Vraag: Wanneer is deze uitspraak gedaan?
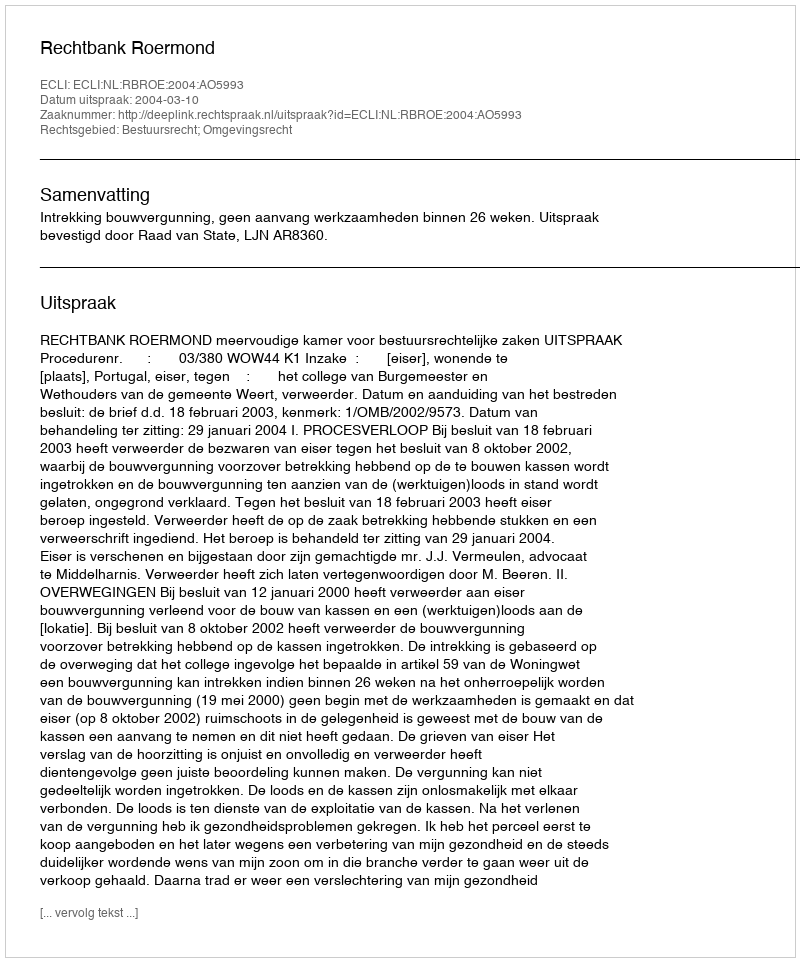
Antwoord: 2004-03-10